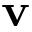
\mathbf { v }